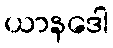
ယာနဒေါ